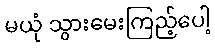
မယုံ သွားမေးကြည့်ပေါ့